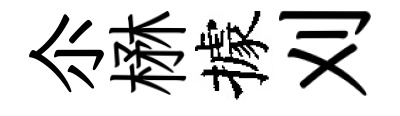
尒楙據刈